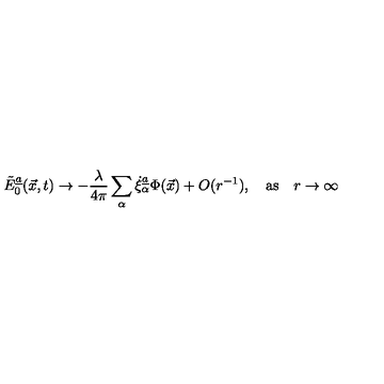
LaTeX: \tilde { E } _ { 0 } \sp { \underline { { a } } } ( \vec { x } , t ) \rightarrow - { \frac { \lambda } { 4 \pi } } \sum _ { \alpha } \dot { \xi } _ { \alpha } \sp { \underline { { a } } } \Phi ( \vec { x } ) + O ( r \sp { - 1 } ) , \quad \mathrm { a s } \quad r \rightarrow \infty \